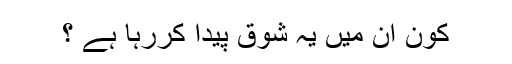
کون ان میں یہ شوق پیدا کررہا ہے ؟